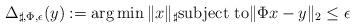
LaTeX: \begin{align*}\Delta_{\sharp,\Phi,\epsilon}(y):=\arg\min\|x\|_\sharp\mbox{subject to}\|\Phi x-y\|_2\leq\epsilon\end{align*}